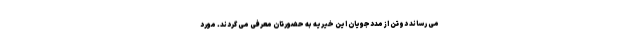
می رساند دوتن از مددجویان این خیریه به حضورتان معرفی می گردند. مورد